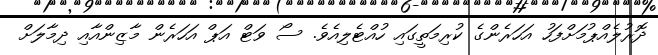
ދޮރުލެއްޕުމަށްފަހު އަހަރެންގެ ކުރިމަތީގައި ހުއްޓެލިއެވެ. ސޯ ވަޓް އަޕް އަހަރެން މާޒިންއާއި ދިމާލަށް